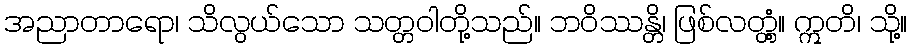
အညာတာရော၊ သိလွယ်သော သတ္တဝါတို့သည်။ ဘဝိဿန္တိ၊ ဖြစ်လတ္တံ့။ ဣတိ၊ သို့။